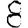
Digit: 8